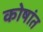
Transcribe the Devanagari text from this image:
कोषांत